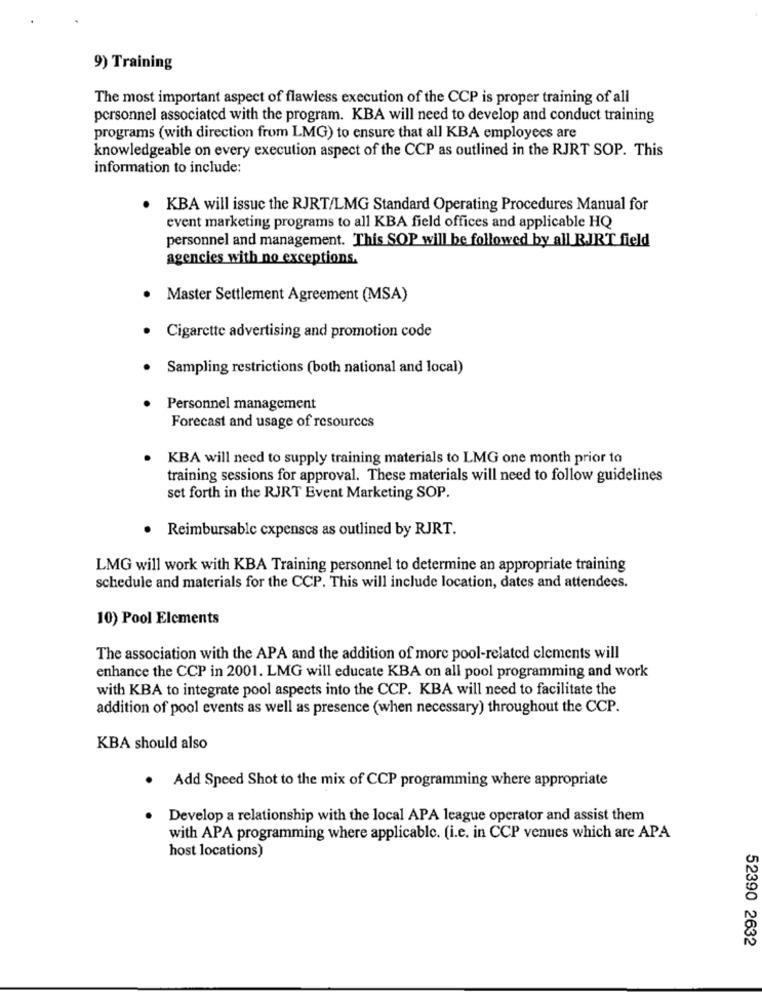
9) Training
The most important aspect of flawless execution of the CCP is proper training of all
personnel associated with the program. KBA will need to develop and conduct training
programs (with direction from LMG) to ensure that all KBA employees are
knowledgeable on every execution aspect of the CCP as outlined in the RJRT SOP. This
information to include:
KBA will issue the RJRT/LMG Standard Operating Procedures Manual for
event marketing programs to all KBA field offices and applicable HQ
personnel and management. This SOP will be followed by all RJRT field
agencies with no exceptions.
Master Settlement Agreement (MSA)
Cigarette advertising and promotion code
Sampling restrictions (both national and local)
Personnel management
Forecast and usage of resources
KBA will need to supply training materials to LMG one month prior to
training sessions for approval. These materials will need to follow guidelines
set forth in the RJRT Event Marketing SOP.
· Reimbursable expenses as outlined by RJRT.
LMG will work with KBA Training personnel to determine an appropriate training
schedule and materials for the CCP. This will include location, dates and attendees.
10) Pool Elements
The association with the APA and the addition of more pool-related clements will
enhance the CCP in 2001. LMG will educate KBA on all pool programming and work
with KBA to integrate pool aspects into the CCP. KBA will need to facilitate the
addition of pool events as well as presence (when necessary) throughout the CCP.
KBA should also
. Add Speed Shot to the mix of CCP programming where appropriate
Develop a relationship with the local APA league operator and assist them
with APA programming where applicable. (i.e. in CCP venues which are APA
host locations)
52390 2632